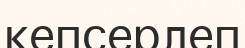
кепсерлеп